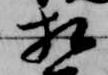
相